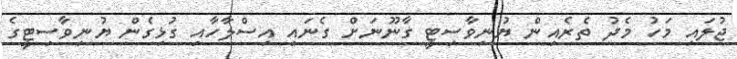
ޖުލައި މަހު މެދު ތެރެއިން ޔުނިވާސިޓީ ގާނޫނަށް ގެނައި އިސްލާހާއި ގުޅިގެން ޔުނިވާސިޓީގެ